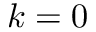
k = 0